Report on vaccination in Madras 1904-1921 - 1904-1921
Year: 1904
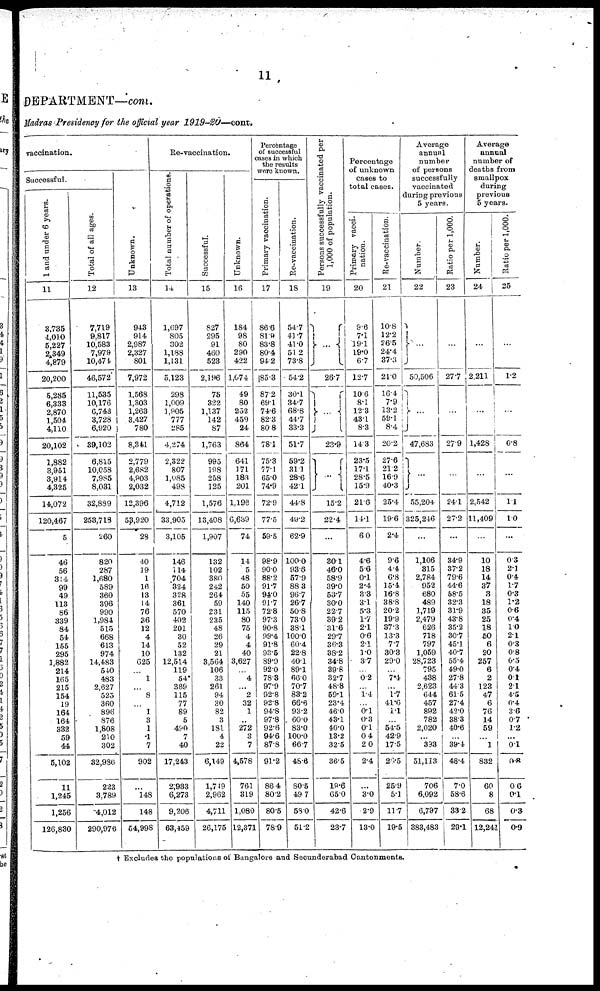
11
DEPARTMENT—cont.
Madras Presidency for the official year
1919-20—cont.
vaccination.
Successful.
1 and under 6 years.
11
3,735
4,010
5,227
2,349
4,879
20,200
5,285
6,333
2,870
1,504
4,110
20,102
1,882
3,951
3,914
4,325
14,072
120,467
5
46
56
314
99
49
113
86
339
84
54
155
295
1,882
214
165
215
154
19
164
164
332
59
44
5,102
11
1,245
1,256
126,830
Total of all ages.
12
7,719
9,817
10,583
7,979
10,474
46,572
11,535
10,176
6,743
3,728
6,920
39,102
6,815
10,058
7,985
8,031
32,889
253,718
260
820
287
1,680
589
360
396
990
1,984
515
668
613
974
14,483
540
483
2,627
525
360
896
876
1,808
210
302
32,986
223
3,789
4,012
290,976
Unknown.
13
943
914
2,987
2,327
801
7,972
1,568
1,303
1,263
3,427
780
8,341
2,779
2,682
4,903
2,032
12,396
53,920
28
40
19
1
16
13
14
76
36
12
4
14
10
625
...
1
...
8
...
1
3
1
1
7
902
...
148
148
54,998
Re-vaccination.
Total number of operations.
14
1,697
805
302
1,188
1,131
5,123
298
1,009
1,905
777
285
4,274
2,322
807
1,085
498
4,712
33,905
3,105
146
114
704
324
328
361
570
402
201
30
52
132
12,514
119
54
369
115
77
89
5
490
7
40
17,243
2,933
6,273
9,206
63,459
Successful.
15
827
295
91
460
523
2,196
75
322
1,137
142
87
1,763
995
198
258
125
1,576
13,408
1,907
132
102
380
242
264
59
231
235
48
26
29
21
3,564
106
33
261
94
30
82
3
181
4
22
6,149
1,719
2,962
4,711
26,175
Unknown.
16
184
98
80
290
422
1,074
49
80
252
459
24
864
641
171
183
201
1,196
6,639
74
14
5
48
50
55
140
115
80
75
4
4
40
3,627
...
4
...
2
32
1
...
272
3
7
4,578
761
319
1,080
12,371
Percentage
of successful
cases in which
the results
were known.
Primary vaccination.
17
86.6
81.9
83.8
80.4
94.2
85.3
87.2
69.1
74.6
82.3
80.8
78.1
75.3
77.1
65.0
74.9
72.9
77.5
59.5
98.9
90.0
88.2
91.7
94.0
91.7
72.8
97.3
90.8
99.4
91.8
93.5
89.9
92.0
78.3
97.9
92.8
92.8
94.8
97.8
92.6
94.6
87.8
91.2
86.4
80.2
80.5
78.9
Re-vaccination.
18
54.7
43.7
41.0
51.2
73.8
54.2
30.1
34.7
68.8
44.7
33.3
51.7
59.2
31.1
28.6
42.1
44.8
49.2
62.9
100.0
93.6
57.9
88.3
96.7
26.7
50.8
73.0
38.1
100.0
60.4
22.8
40.1
89.1
66.0
70.7
83.2
66.6
93.2
60.0
83.0
100.0
66.7
48.6
80.5
49.7
58.0
51.2
Persons successfully vaccinated per
1,000 of population.
19
...
26.7
...
23.9
...
15.2
22.4
...
30.1
46.0
58.9
39.0
53.7
30.0
22.7
39.2
31.6
29.7
36.3
38.2
34.8
39.8
32.7
48.8
59.1
23.4
46.0
43.1
40.0
13.2
32.5
36.5
19.6
65.0
42.6
23.7
Percentage
of unknown
cases to
total cases.
Primary vacci-
nation.
20
9.6
7.1
19.1
19.0
6.7
12.7
10.6
8.1
12.3
43.1
8.3
14.3
23.5
17.1
28.5
15.9
21.6
14.1
6.0
4.6
5.6
0.1
2.4
3.3
3.1
5.3
1.7
2.1
0.6
2.1
1.0
3.7
...
0.2
...
1.4
...
0.1
0.3
0.1
0.4
2.0
2.4
...
3.0
2.9
13.0
Re-vaccination.
21
10.8
12.2
26.5
24.4
37.3
21.0
16.4
7.9
13.2
59.1
8.4
20.2
27.6
21.2
16.9
40.3
25.4
19.6
2.4
9.6
4.4
6.8
15.4
16.8
38.8
20.2
19.9
37.3
13.3
7.7
30.3
29.0
...
7.4
...
1.7
41.6
1.1
...
54.5
42.9
17.5
20.5
25.9
5.1
11.7
19.5
Average
annual
number
of persons
successfully
vaccinated
during previous
5 years.
Number.
22
...
50,506
...
47,683
...
55,204
325,246
...
1,106
315
2,784
952
680
489
1,719
2,479
626
718
797
1,059
28,723
795
438
2,623
644
457
892
782
2,020
...
393
51,113
706
6,092
6,797
383,483
Ratio per 1,000.
23
...
27.7
...
27.9
...
24.1
27.2
...
34.9
37.2
79.6
44.6
58.5
32.3
31.9
43.8
35.2
30.7
45.1
40.7
55.4
49.0
27.8
44.3
61.5
27.4
42.0
38.3
40.6
...
39.4
48.4
7.0
58.6
33.2
29.1
Average
annual
number of
deaths from
smallpox
during
previous
5 years.
Number.
24
...
2,211
...
1,428
...
2,542
11,409
...
10
18
14
37
3
18
35
25
18
50
6
20
257
6
2
123
47
6
76
14
59
...
1
832
60
8
68
12,241
Ratio per 1,000.
25
...
1.2
...
0.8
...
1.1
1.0
...
0.3
2.1
0.4
1.7
0.3
1.2
0.6
0.4
1.0
2.1
0.3
0.8
0.5
0.4
0.1
2.1
4.5
0.4
3.6
0.7
1.2
...
0.1
0.8
0.6
0.1
0.3
0.9
† Excludes the populations of Bangalore and Secunderabad Cantonments.